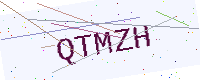
Text: QTMZH